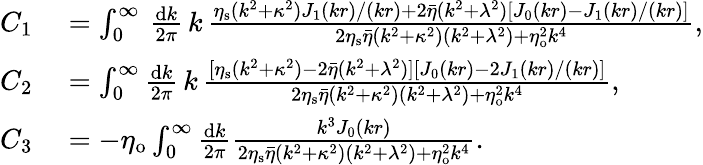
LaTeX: \begin{array}{rl}{C_{1}}&{{}=\int_{0}^{\infty}\, \frac{\mathrm{d}k}{2\pi}\, k\, \frac{\eta_{\mathrm{s}}(k^{2}+\kappa^{2})J_{1}(kr)/(kr)+2\bar{\eta}(k^{2}+\lambda^{2})[J_{0}(kr)-J_{1}(kr)/(kr)]}{2\eta_{\mathrm{s}}\bar{\eta}(k^{2}+\kappa^{2})(k^{2}+\lambda^{2})+\eta_{\mathrm{o}}^{2}k^{4}},}\\ {C_{2}}&{{}=\int_{0}^{\infty}\frac{\mathrm{d}k}{2\pi}\, k\, \frac{[\eta_{\mathrm{s}}(k^{2}+\kappa^{2})-2\bar{\eta}(k^{2}+\lambda^{2})][J_{0}(kr)-2J_{1}(kr)/(kr)]}{2\eta_{\mathrm{s}}\bar{\eta}(k^{2}+\kappa^{2})(k^{2}+\lambda^{2})+\eta_{\mathrm{o}}^{2}k^{4}},}\\ {C_{3}}&{{}=-\eta_{\mathrm{o}}\int_{0}^{\infty}\frac{\mathrm{d}k}{2\pi}\frac{k^{3}J_{0}(kr)}{2\eta_{\mathrm{s}}\bar{\eta}(k^{2}+\kappa^{2})(k^{2}+\lambda^{2})+\eta_{\mathrm{o}}^{2}k^{4}}.}\end{array}